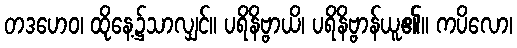
တဒဟေဝ၊ ထိုနေ့၌သာလျှင်။ ပရိနိဗ္ဗာယိ၊ ပရိနိဗ္ဗာန်ယူ၏။ ကပိလော၊